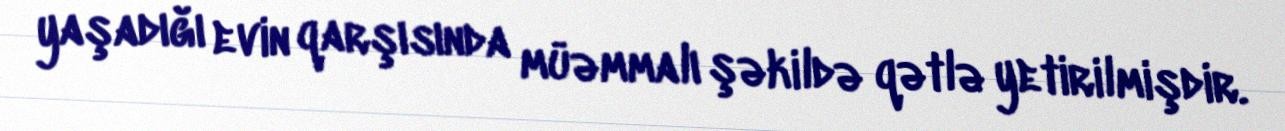
yaşadığı evin qarşısında müəmmalı şəkildə qətlə yetirilmişdir.